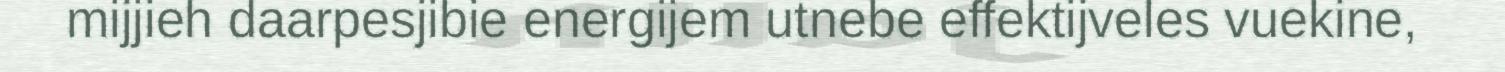
mijjieh daarpesjibie energijem utnebe effektijveles vuekine,